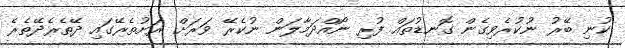
ކުނި ބޭރު ނުކުރެވިގެން ގޮނޑުތައް ފުރި ނޯއްދަމާލަން ނުކެރޭ ވަރަށް ރަށުތެރޭގައި ދޭތެރެދޭތެރެ